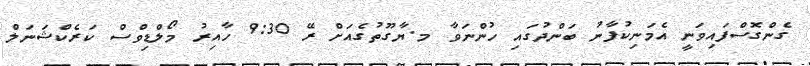
ގެންގޮސްފައިވަނީ އެމަނިކުފާނު ބަންދުގައި ހުންނަވާ މ.ޔާގޫތުގެއަށް ރޭ 9:30 ހާއިރު މޯލްޑިވްސް ކަރެކްޝަނަލް